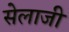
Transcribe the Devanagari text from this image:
सेलाजी